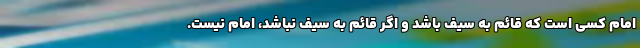
امام کسی است که قائم به سیف باشد و اگر قائم به سیف نباشد، امام نیست.